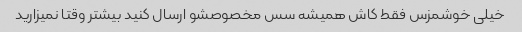
خیلی خوشمزس فقط کاش همیشه سس‌ مخصوصشو ارسال کنید بیشتر وقتا نمیزارید